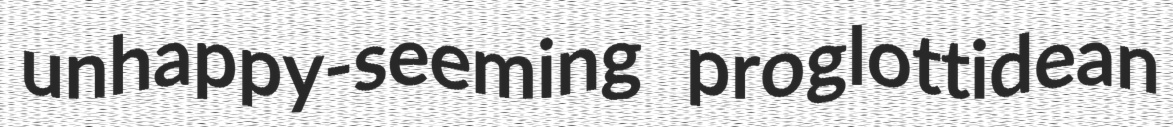
unhappy-seeming proglottidean